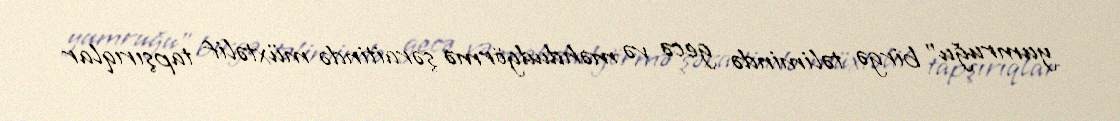
yumruğu" birgə təlimində gecə və məhdudgörmə şəraitində müxtəlif tapşırıqlar